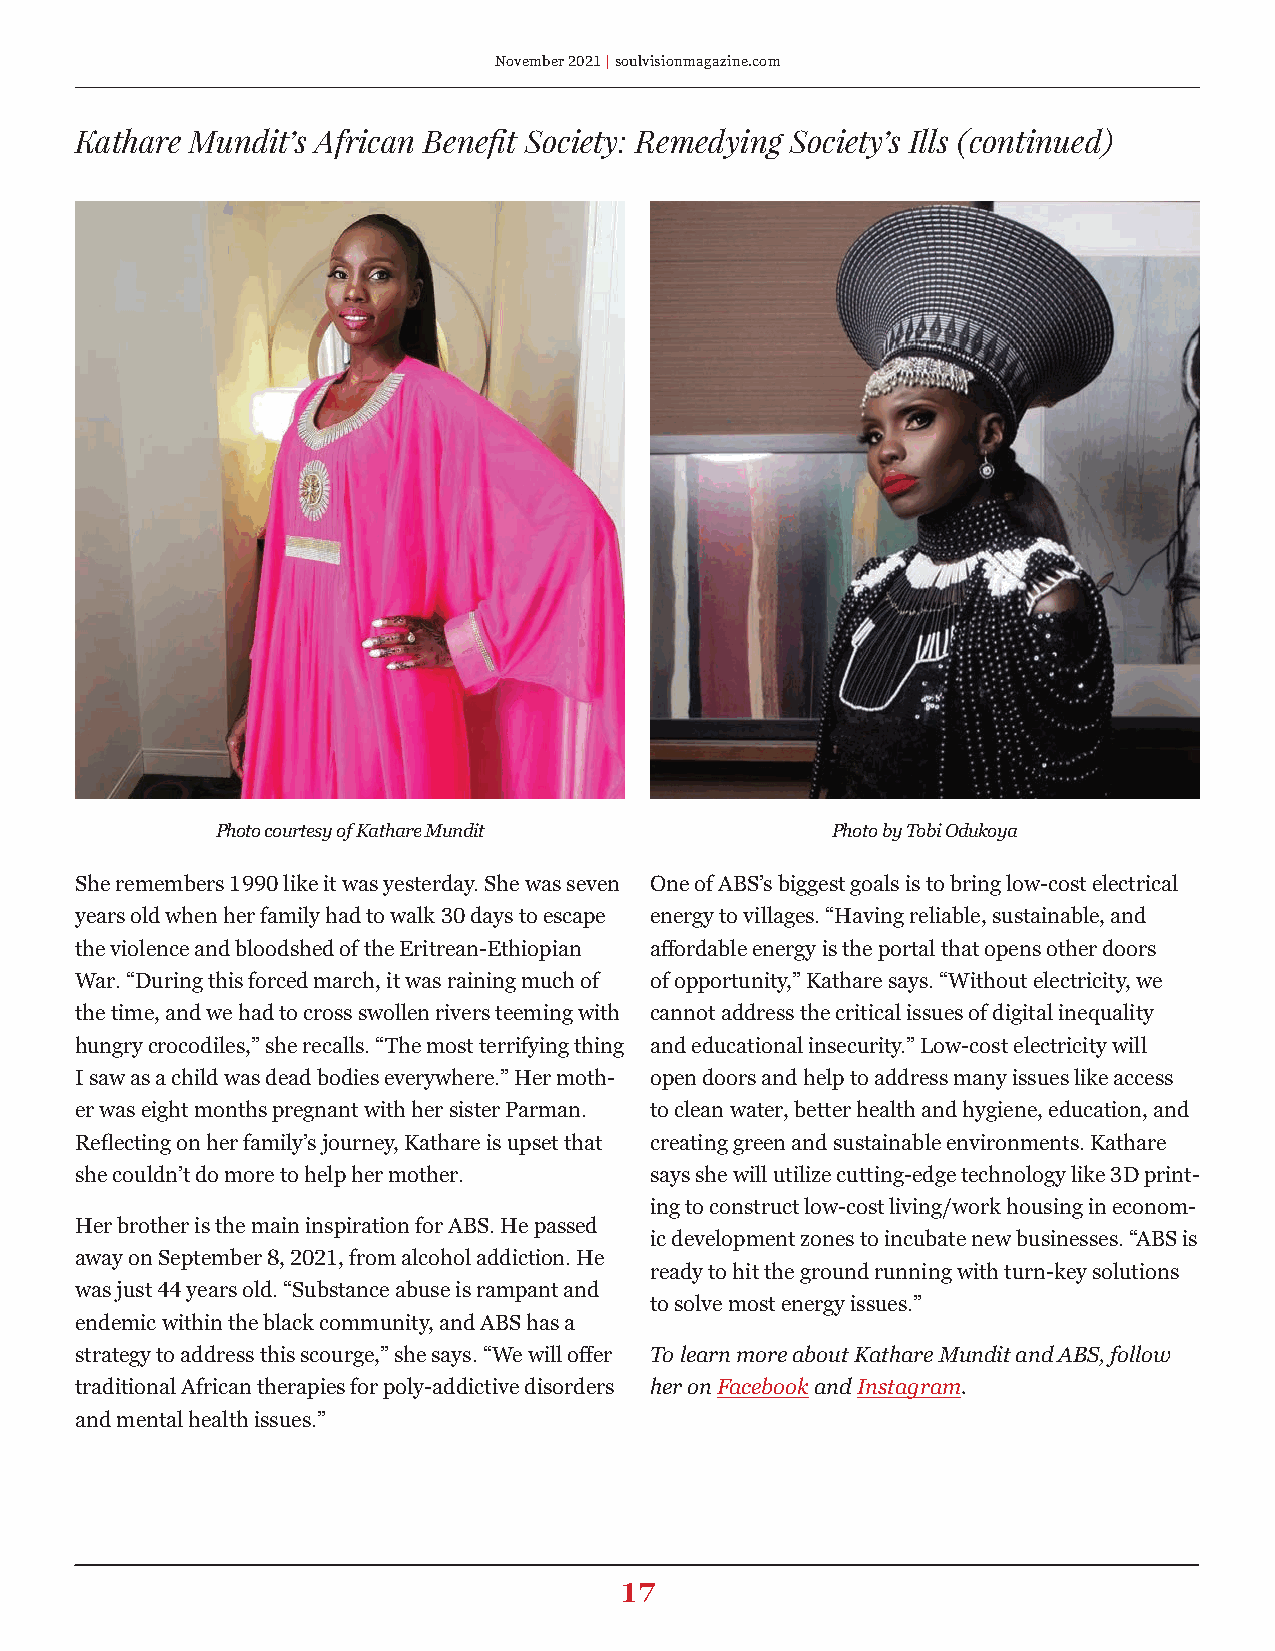
November 2021 | soulvisionmagazine.com
 Kathare Mundit’s African Benefit Society: Remedying Society’s Ills (continued)
 Photo courtesy of Kathare Mundit         Photo by Tobi Odukoya
 She remembers 1990 like it was yesterday. She was seven One of ABS’s biggest goals is to bring low-cost electrical
 years old when her family had to walk 30 days to escape energy to villages. “Having reliable, sustainable, and
 the violence and bloodshed of the Eritrean-Ethiopian affordable energy is the portal that opens other doors
 War. “During this forced march, it was raining much of of opportunity,” Kathare says. “Without electricity, we
 the time, and we had to cross swollen rivers teeming with cannot address the critical issues of digital inequality
 hungry crocodiles,” she recalls. “The most terrifying thing and educational insecurity.” Low-cost electricity will
 I saw as a child was dead bodies everywhere.” Her moth- open doors and help to address many issues like access
 er was eight months pregnant with her sister Parman. to clean water, better health and hygiene, education, and
 Reflecting on her family’s journey, Kathare is upset that creating green and sustainable environments. Kathare
 she couldn’t do more to help her mother. says she will utilize cutting-edge technology like 3D print-
 ing to construct low-cost living/work housing in econom-
 Her brother is the main inspiration for ABS. He passed
 ic development zones to incubate new businesses. “ABS is
 away on September 8, 2021, from alcohol addiction. He
 ready to hit the ground running with turn-key solutions
 was just 44 years old. “Substance abuse is rampant and
 to solve most energy issues.”
 endemic within the black community, and ABS has a
 strategy to address this scourge,” she says. “We will offer To learn more about Kathare Mundit and ABS, follow
 traditional African therapies for poly-addictive disorders her on Facebook and Instagram.
 and mental health issues.”
 17